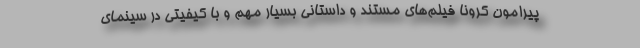
پیرامون کرونا فیلم‌های مستند و داستانی بسیار مهم و با کیفیتی در سینمای